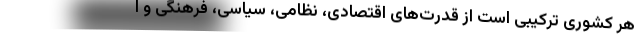
هر کشوری ترکیبی است از قدرت‌های اقتصادی، نظامی، سیاسی، فرهنگی و ا